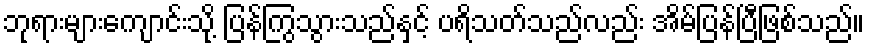
ဘုရားများကျောင်းသို့ ပြန်ကြွသွားသည်နှင့် ပရိသတ်သည်လည်း အိမ်ပြန်ပြီဖြစ်သည်။